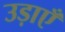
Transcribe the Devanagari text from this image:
उड़ाएँ